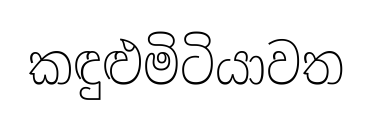
කඳුළුමිටියාවත